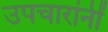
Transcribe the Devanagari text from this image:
उपचारांनीं